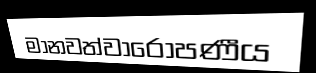
මානවත්වාරෝපණීය